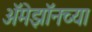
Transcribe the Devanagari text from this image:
अॅमेझॉनच्या